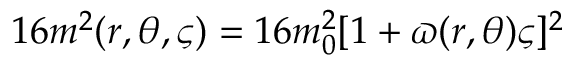
1 6 m ^ { 2 } ( r , \theta , \varsigma ) = 1 6 m _ { 0 } ^ { 2 } [ 1 + \varpi ( r , \theta ) \varsigma ] ^ { 2 }